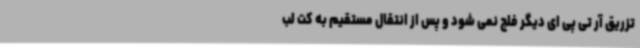
تزریق آر تی پی ای دیگر فلج نمی شود و پس از انتقال مستقیم به کت لب